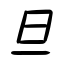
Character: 旦